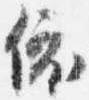
依